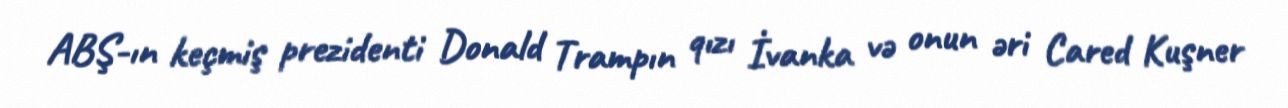
ABŞ-ın keçmiş prezidenti Donald Trampın qızı İvanka və onun əri Cared Kuşner